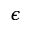
\epsilon